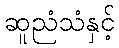
ဆူညံသံနှင့်